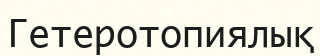
Гетеротопиялық